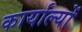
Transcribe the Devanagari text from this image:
कार्याल्यों